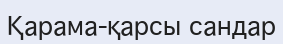
Қарама-қарсы сандар